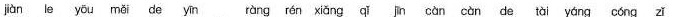
iiàn le yöu mide yin ràng rén xiǎng qin càn càndetài yángcóngzǐ